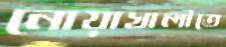
নোয়াখালীতে